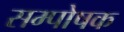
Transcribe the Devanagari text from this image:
सम्पोषक